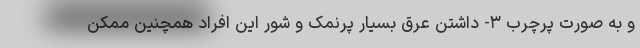
و به صورت پرچرب ۳- داشتن عرق بسیار پرنمک و شور این افراد همچنین ممکن